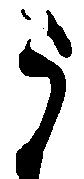
う